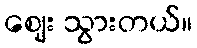
ဈေး သွားတယ်။